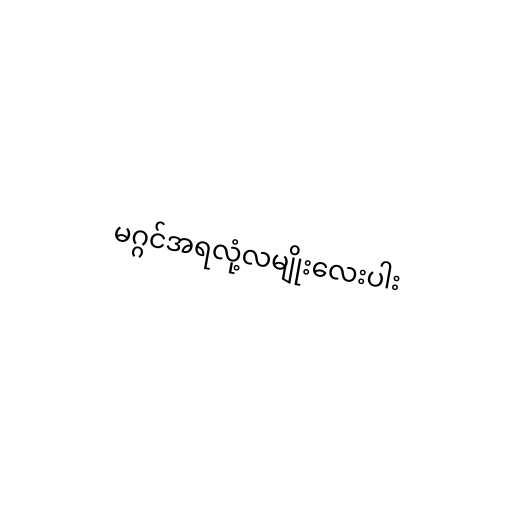
မဂ္ဂင်အရလုံ့လမျိုးလေးပါး